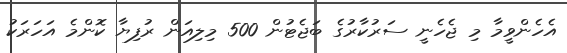
އެހެންވީމާ މި ޖެހެނީ ސަރުކާރުގެ ބަޖެޓުން 500 މިލިއަން ރުފިޔާ ކޮންމެ އަހަރަކު